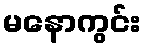
မနောကွင်း